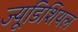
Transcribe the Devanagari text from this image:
ज्यूडिशियल